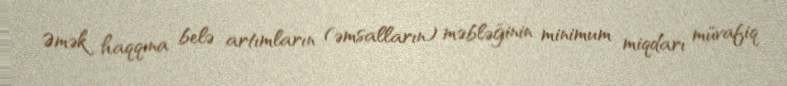
Əmək haqqına belə artımların (əmsalların) məbləğinin minimum miqdarı müvafiq